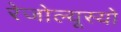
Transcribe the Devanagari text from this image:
रेजोल्यूस्यो